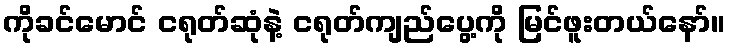
ကိုခင်မောင် ငရုတ်ဆုံနဲ့ ငရုတ်ကျည်ပွေ့ကို မြင်ဖူးတယ်နော်။